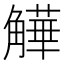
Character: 𧤻